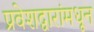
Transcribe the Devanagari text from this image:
प्रवेशद्वारांमधून